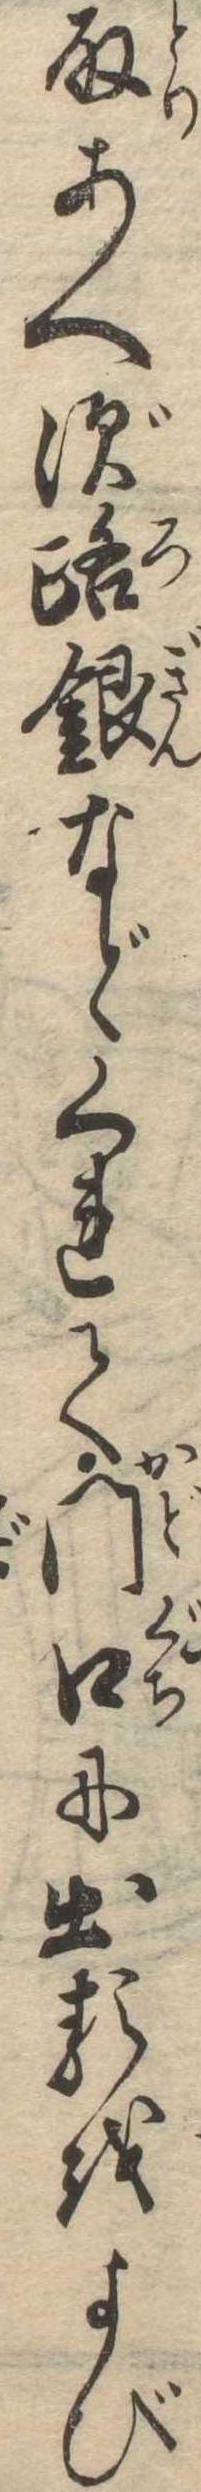
取あへず路銀などくれて門口に出るをよび